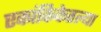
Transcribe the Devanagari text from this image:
एकांकिकेतल्या